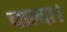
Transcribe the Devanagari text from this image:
चाल्दा।